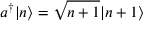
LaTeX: a ^ { \dagger } | n \rangle = { \sqrt { n + 1 } } | n + 1 \rangle